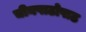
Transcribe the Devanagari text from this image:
चीनपाठोपाठ